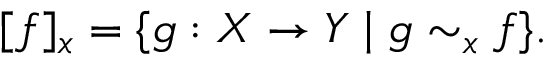
[ f ] _ { x } = \{ g : X \to Y \mid g \sim _ { x } f \} .